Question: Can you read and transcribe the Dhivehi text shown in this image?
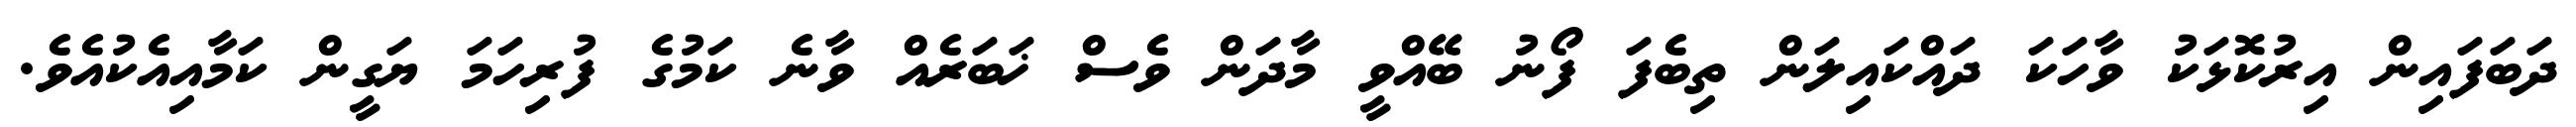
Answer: ދަބަފައިން އިރުކޮޅަކު ވާހަކަ ދައްކައިލަން ތިބެފަ ފޯނު ބޭއްވީ މާދަން ވެސް ޚަބަރެއް ވާނެ ކަމުގެ ފުރިހަމަ ޔަގީން ކަމާއިއެކުއެވެ.